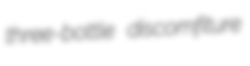
three-bottle discomfiture